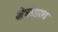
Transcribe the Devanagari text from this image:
क्षेत्रभारत